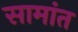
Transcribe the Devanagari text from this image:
सामांत